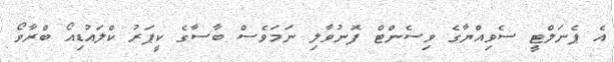
އެ ޕެނަލްޓީ ސެވިއްޔާގެ ވިސެންޓް ފޮނުވާލި ނަމަވެސް ބާސާގެ ކީޕަރު ކްލައުޑިއޯ ބްރާވޯ